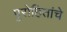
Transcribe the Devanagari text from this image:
पुरोहितांचे